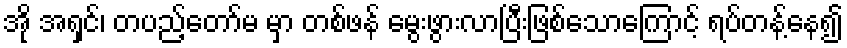
အို အရှင်၊ တပည့်တော်မ မှာ တစ်ဖန် မွေးဖွားလာပြီးဖြစ်သောကြောင့် ရပ်တန့်နေ၍